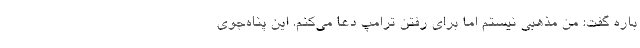
باره گفت: من مذهبی نیستم اما برای رفتن ترامپ دعا می‌کنم. این پناه‌جوی